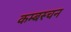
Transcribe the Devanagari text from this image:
कम्बस्चन